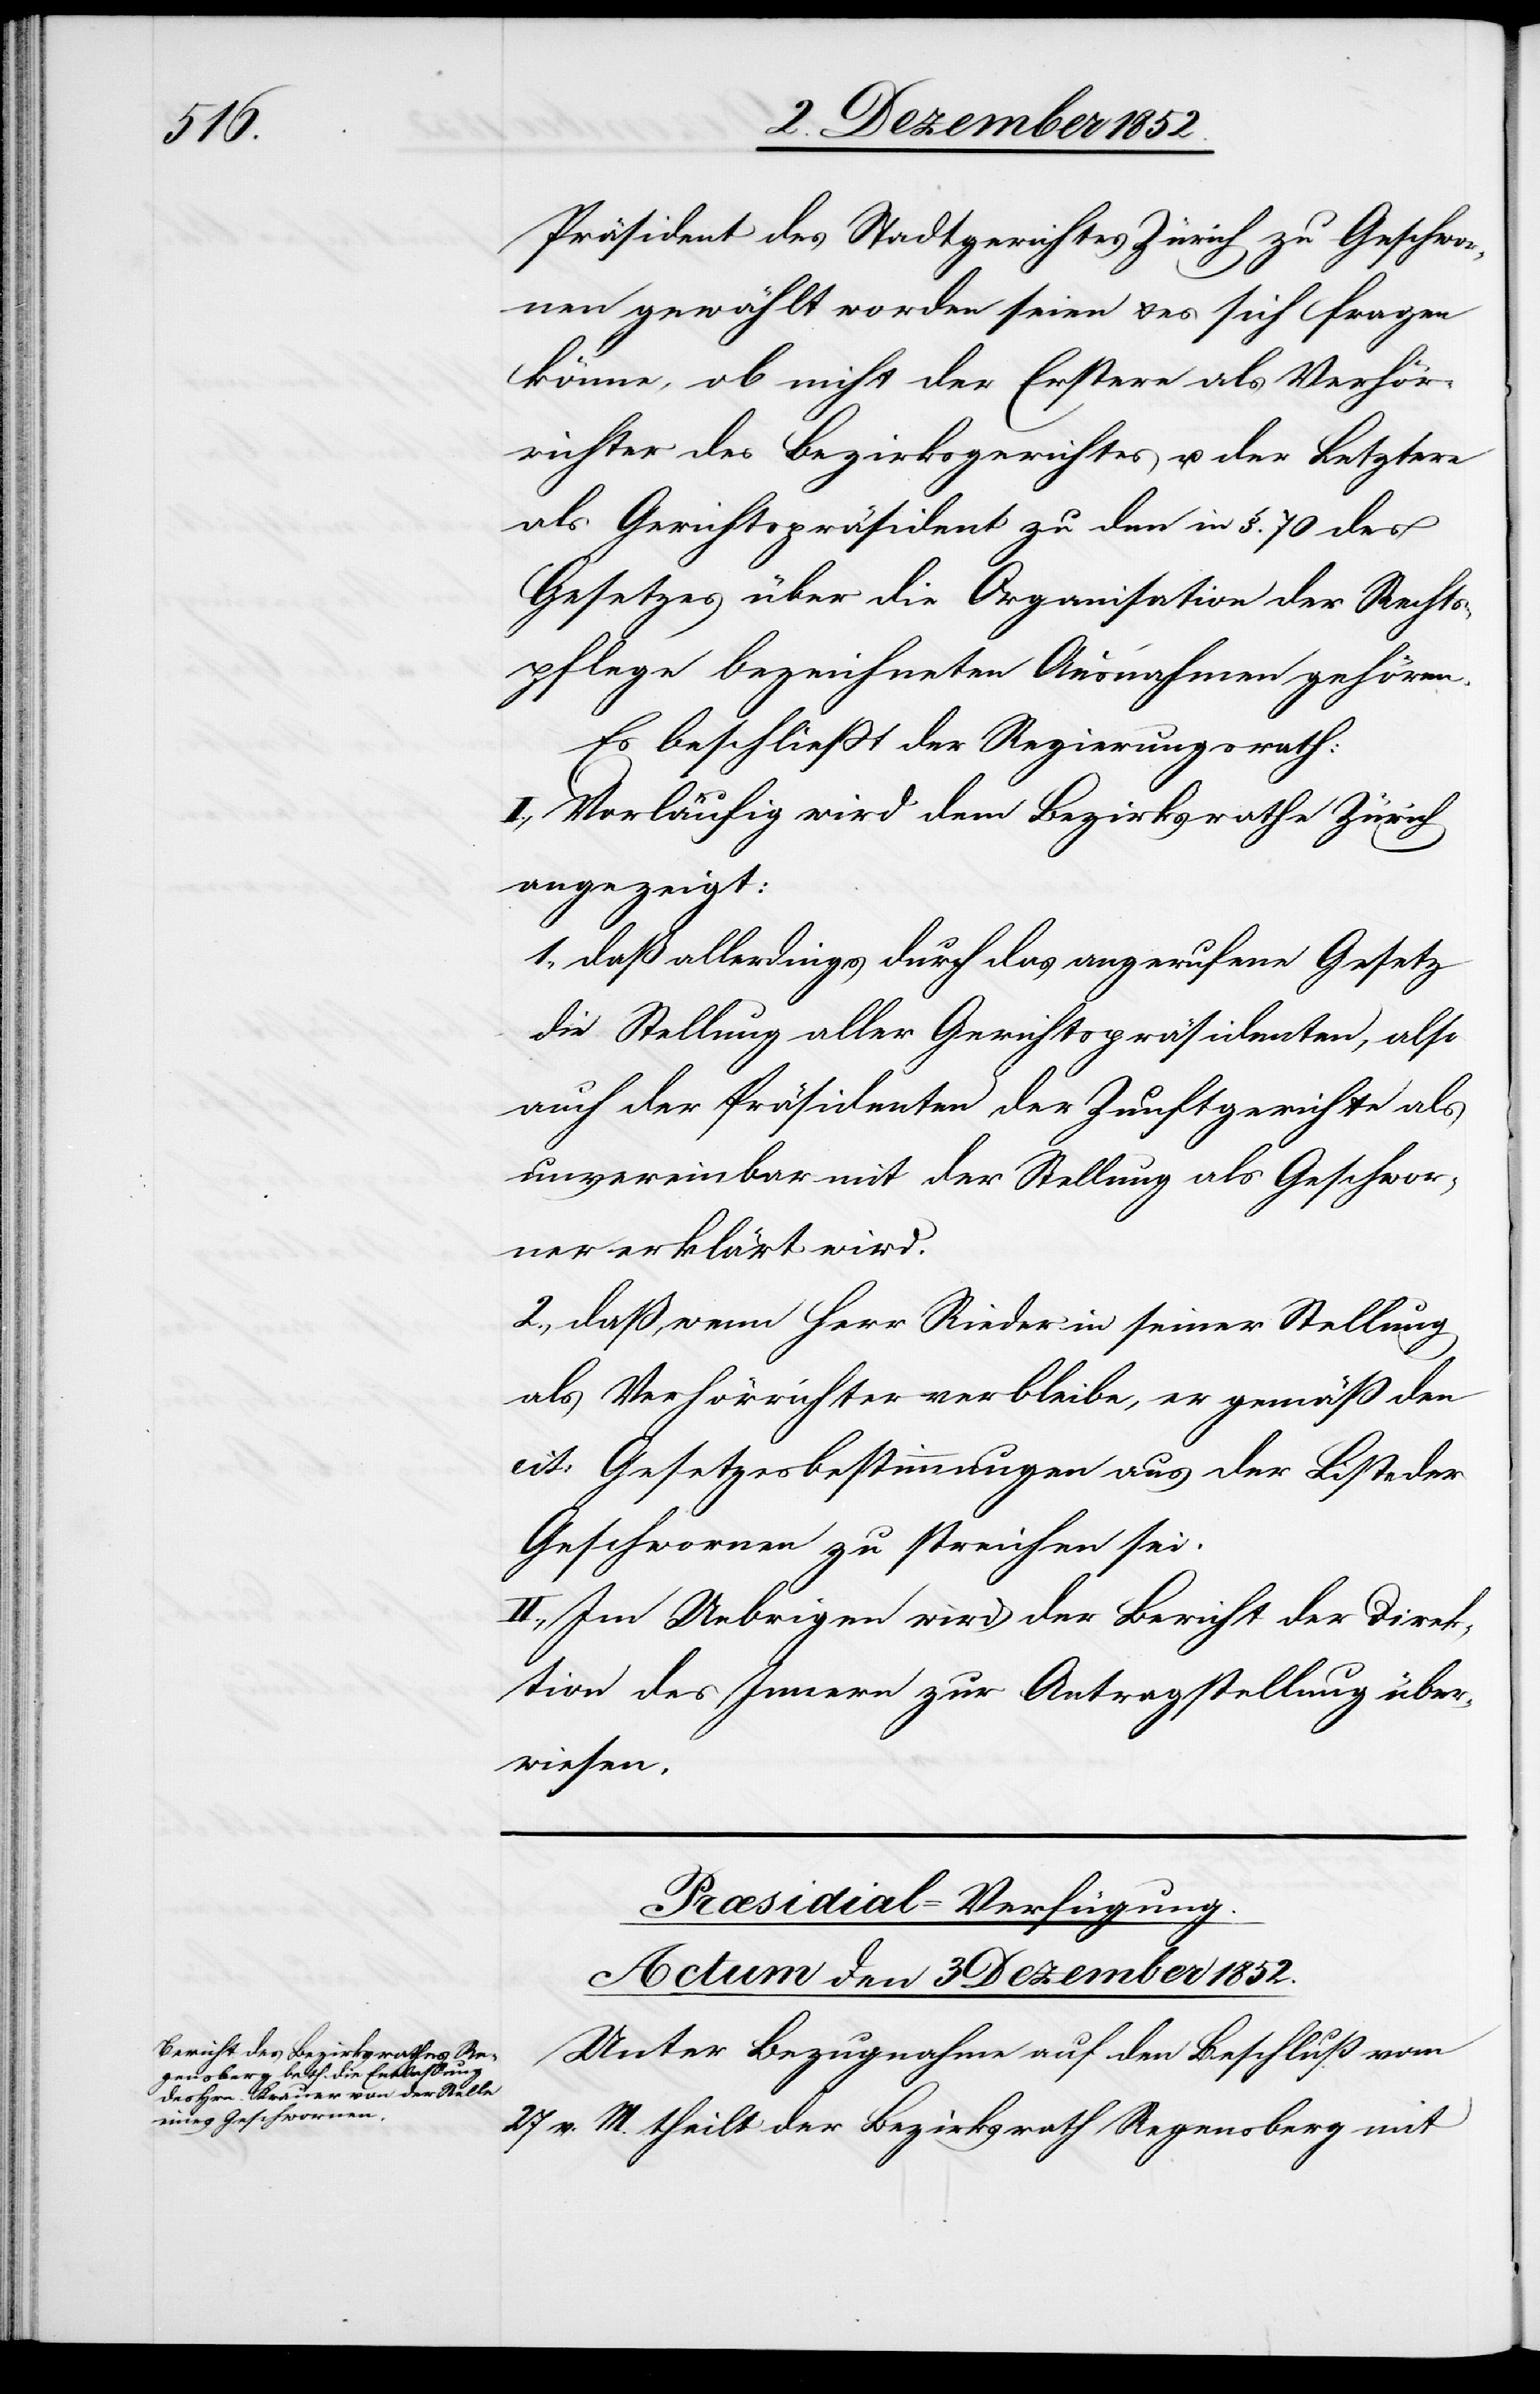
Präsident des Stadtgerichtes Zürich zu Geschwor¬
nen gewählt worden seien & es sich fragen
könne, ob nicht der Erstere als Verhör¬
richter des Bezirksgerichtes u. der Letztere
als Gerichtspräsident zu den in §. 70 des
Gesetzes über die Organisation der Rechts¬
pflege bezeichneten Ausnahmen gehören.
Es beschließt der Regierungsrath:
I., Vorläufig wird dem Bezirksrathe Zürich
angezeigt:
1., daß allerdings durch das angerufene Gesetz
die Stellung aller Gerichtspräsidenten, also
auch der Präsidenten der Zunftgerichte als
unvereinbar mit der Stellung als Geschwor¬
ner erklärt wird.
2., daß, wenn Herr Rieder in seiner Stellung
als Verhörrichter verbleibe, er gemäß den
cit: Gesetzesbestimmungen aus der Liste der
Geschwornen zu streichen sei.
II., Im Uebrigen wird der Bericht der Direk¬
tion des Innern zur Antragstellung über¬
wiesen.
Præsidial-Verfügung.
Actum den 3 Dezember 1852.
Unter Bezugnahme auf den Beschluß vom
27 v. M. theilt der Bezirksrath Regensberg mit